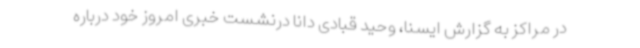
در مراکز به گزارش ایسنا، وحید قبادی دانا درنشست خبری امروز خود درباره